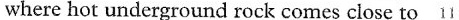
where hot underground rock comes close to 11